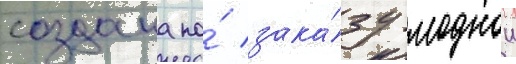
создана по́ зака́зу моднои